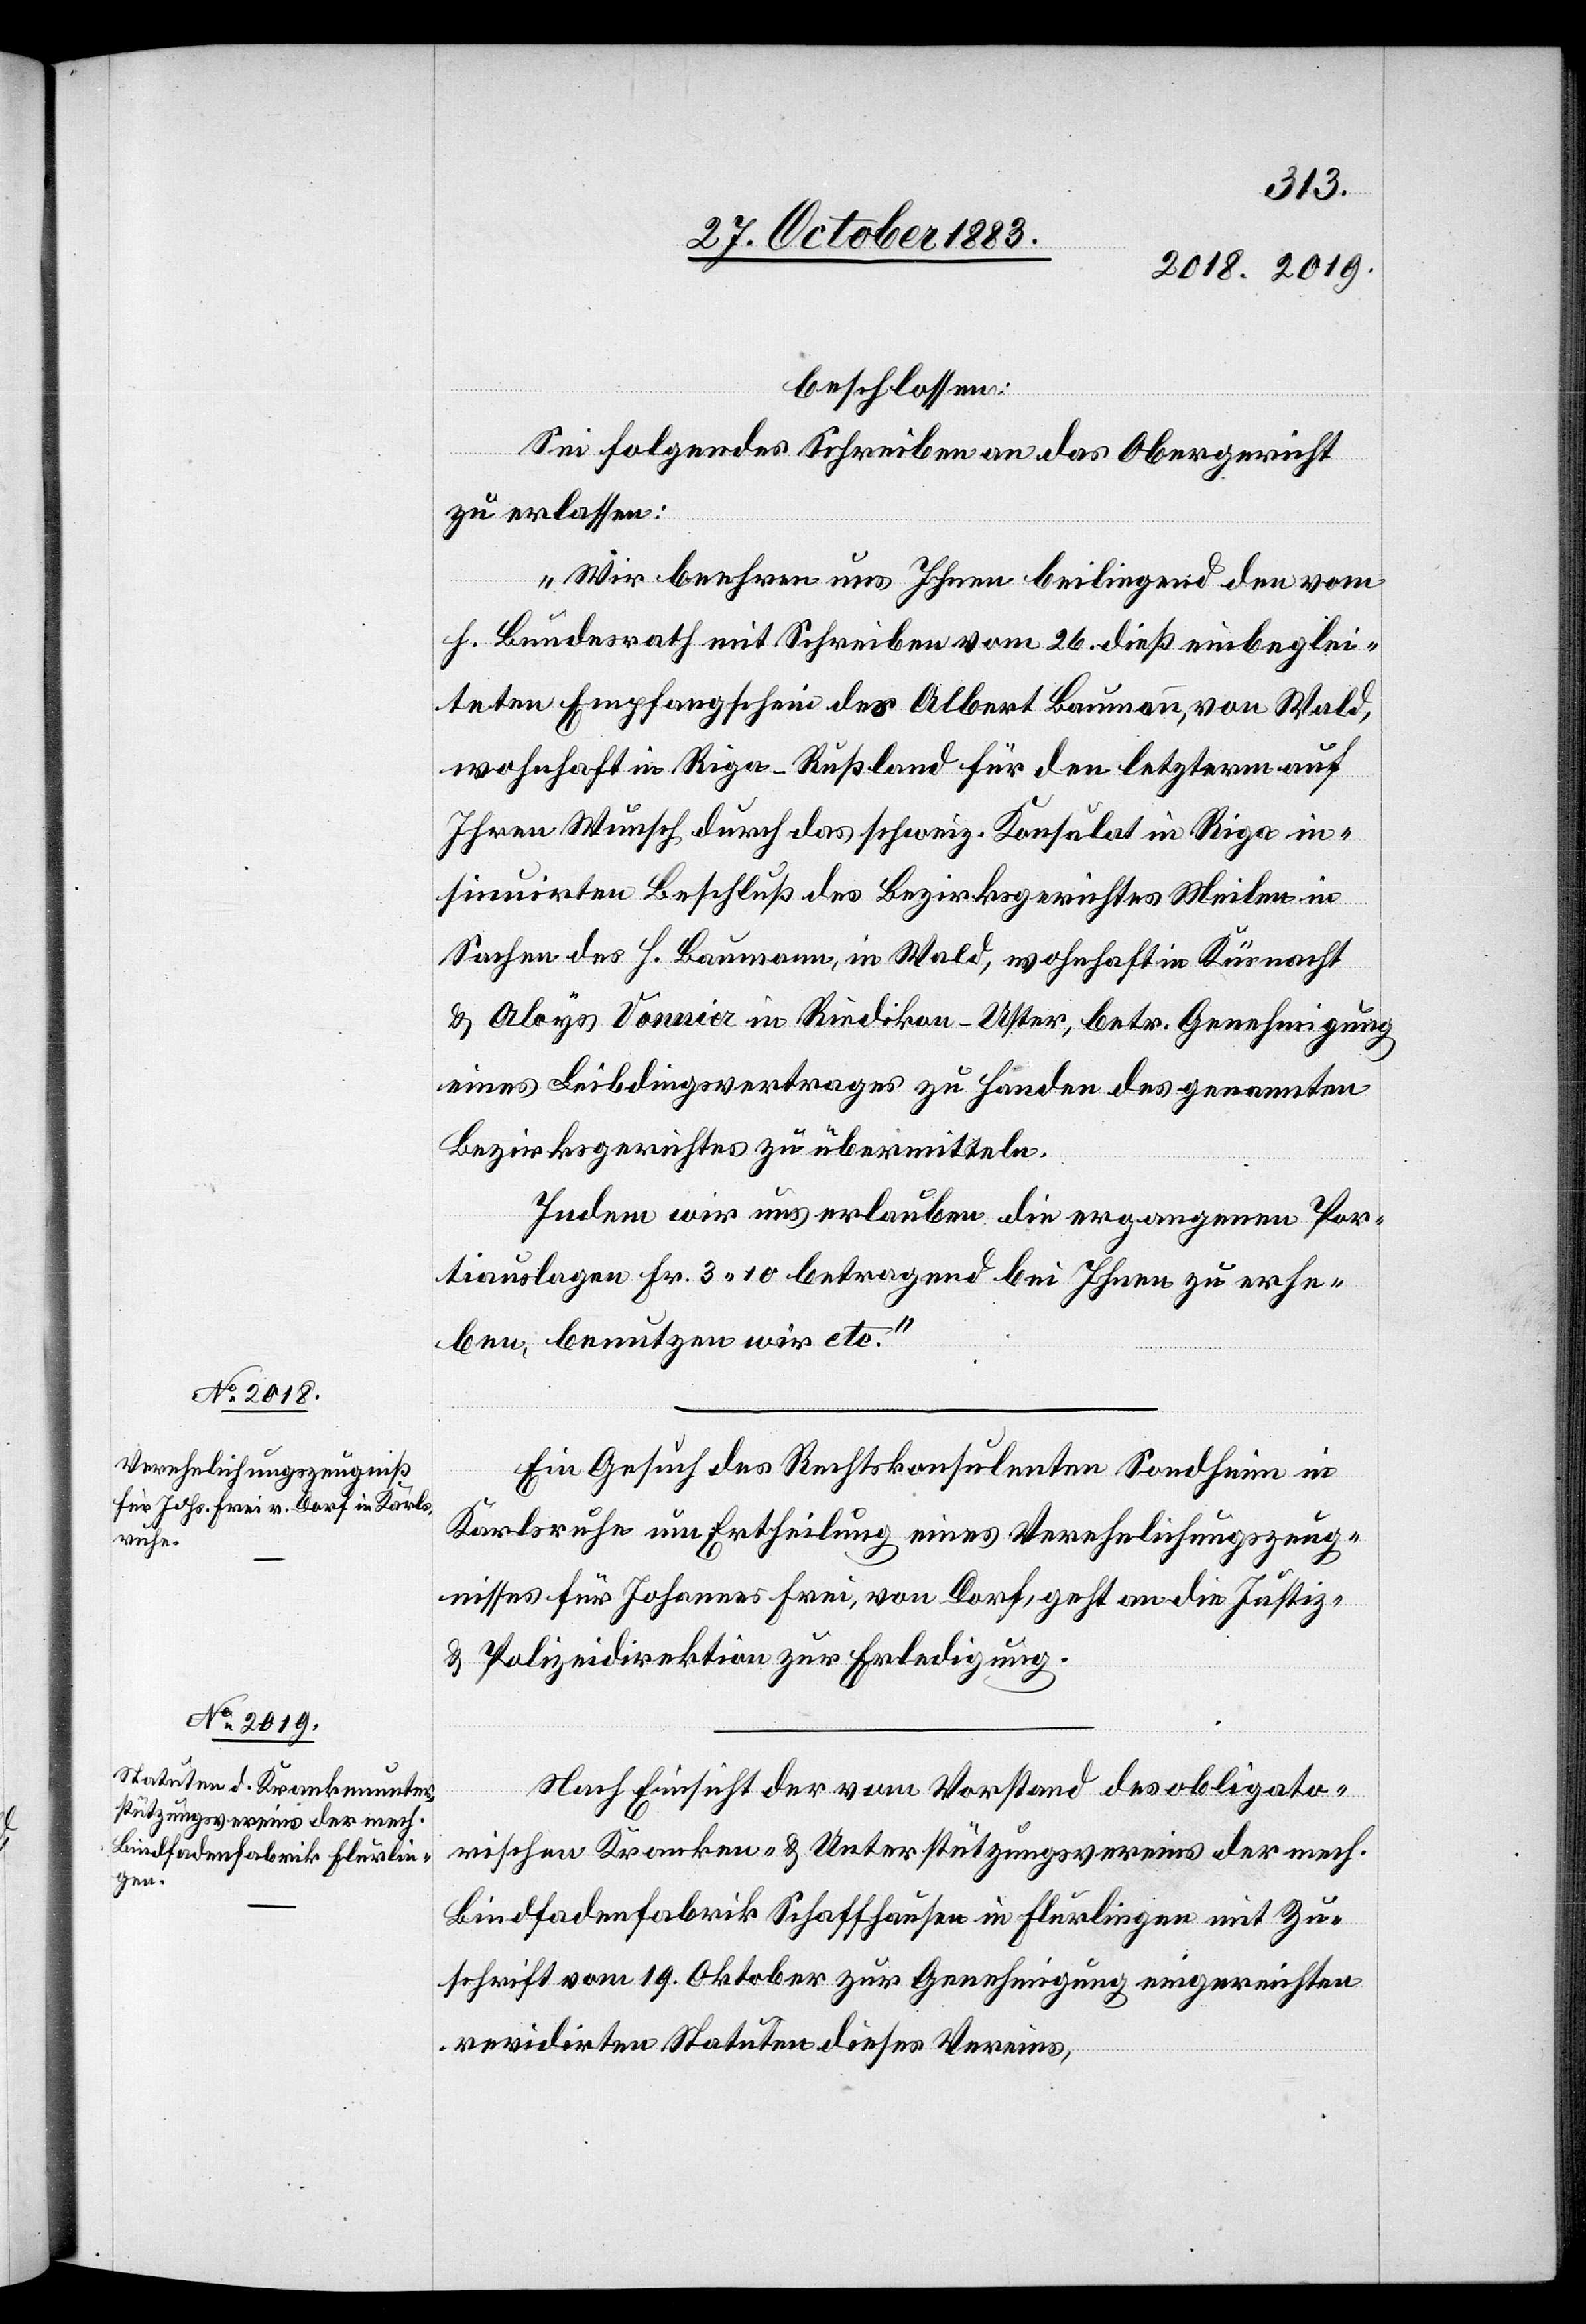
30. October 1883.]
beschlossen:
Sei folgendes Schreiben an das Obergericht
zu erlassen:
„Wir beehren uns Ihnen beiliegend den vom
h. Bundesrath mit Schrieben vom 26. dieß einbeglei¬
teten Empfangschein des Albert Baumann, von Wald,
wohnhaft in Riga - Rußland für den letztern auf
Ihren Wunsch durch das schweiz. Konsulat in Riga in¬
sinuirten Beschluß des Bezirksgerichtes Meilen in
Sachen des H. Baumman, in Wald, wohnhaft in Küsnacht
& Aloys Vonnia in Riedikon - Uster, betr. Genehmigung
eines Leibdingsvertrages zu Handen des genannten
Bezirksgerichtes zu übermitteln.
Indem wir uns erlauben die ergangenen Por¬
tiauslagen Fr. 3 10 betragend bei Ihnen zu erhe¬
ben, benutzen wir etc.“
Ein Gesuch des Rechtskonsulenten Sondheim in
Karlsruhe um Ertheilung eines Verehelichungszeug¬
nisses für Johannes Frei, von Dorf, geht an die Justiz-
& Polizeidirektion zur Erledigung.
Nach Einsicht der vom Vorstand der obligato¬
rischen Kranken- & Unterstützungsvereins der mech.
Bindfadenfabrik Schaffhausen in Flurlingen mit Zu¬
schrift vom 19. Oktober zur Genehmigung eingereichten
revidirten Stauten dieses Vereins,